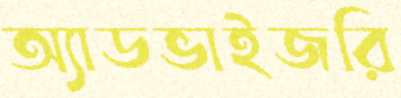
অ্যাডভাইজরি